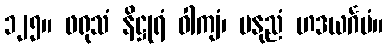
၁၂၅။ ဖရုသံ နိဋ္ဌုရံ ဝါကျံ၊ မနုညံ ဟဒယင်္ဂမံ။